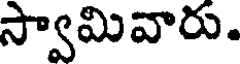
స్వామివారు.